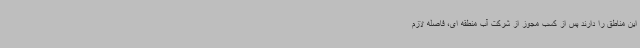
این مناطق را دارند پس از کسب مجوز از شرکت آب منطقه ای، فاصله لازم